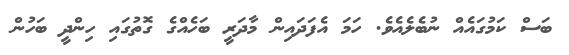
ބަސް ކަމުގައެއް ނުބެލެއެވެ. ހަމަ އެފަދައިން މާދަރީ ބަހެއްގެ ގޮތުގައި ހިންދީ ބަހުން